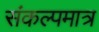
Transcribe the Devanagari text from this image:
संकल्पमात्र